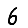
Digit: 6